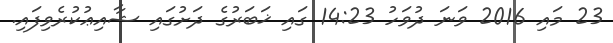
23 މައި 2016 ވަނަ ދުވަހު 14:23 ގައި ޚަބަރުގެ ދަށުގައި ޝާއިޢުކުރެވިފައި.